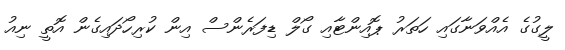
ލީގުގެ އެއްވަނާގައި ހަތަރު ޕޮއިންޓާއި ގޯލް ޑިފަރެންސް އިން ކުރިހޯދައިގެން އޮތީ ނިއު